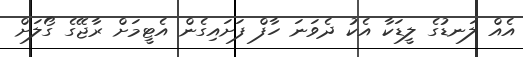
އެއް ލަނޑުގެ ލީޑަކާ އެކު ދެވަނަ ހާފް ފަށައިގެން އެޓީމަށް ރާޖޭގެ ގޯލަށް